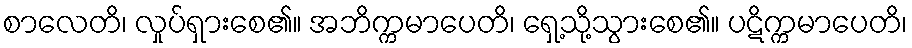
စာလေတိ၊ လှုပ်ရှားစေ၏။ အဘိက္ကမာပေတိ၊ ရှေ့သို့သွားစေ၏။ ပဋိက္ကမာပေတိ၊